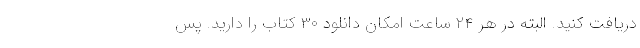
دریافت کنید. البته در هر ۲۴ ساعت امکان دانلود ۳۰ کتاب را دارید. پس